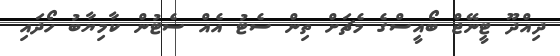
ދިއްދޫ ޓީނޭޖް ބޯއީސްގެ މެޗަށް ތިން ސެޓު އެއް ސެޓުން ކާމިޔާބު ހޯދައި